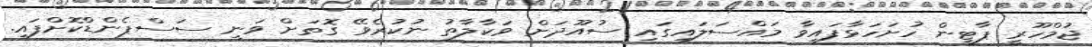
ޖުމްހޫރީ ޕާޓީން ހުށަހަޅާފައިވާ މައްސަލައިގައި ސުއޫދަށް ވަކާލާތު ނުކުރެވޭ ގޮތަށް ވަނީ ސަސްޕެންޑްކޮށްފައި.